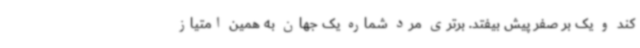
کند و یک بر صفر پیش بیفتد. برتری مرد شماره یک جهان به همین امتیاز